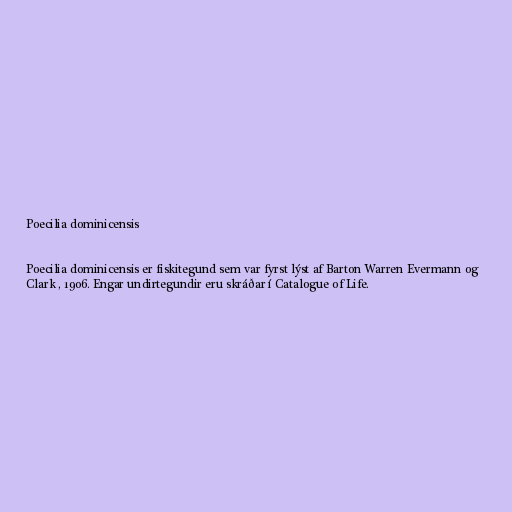
Poecilia dominicensis

Poecilia dominicensis er fiskitegund sem var fyrst lýst af Barton Warren Evermann og
Clark , 1906. Engar undirtegundir eru skráðar í Catalogue of Life.